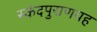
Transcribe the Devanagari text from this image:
स्कंदपुराणयह